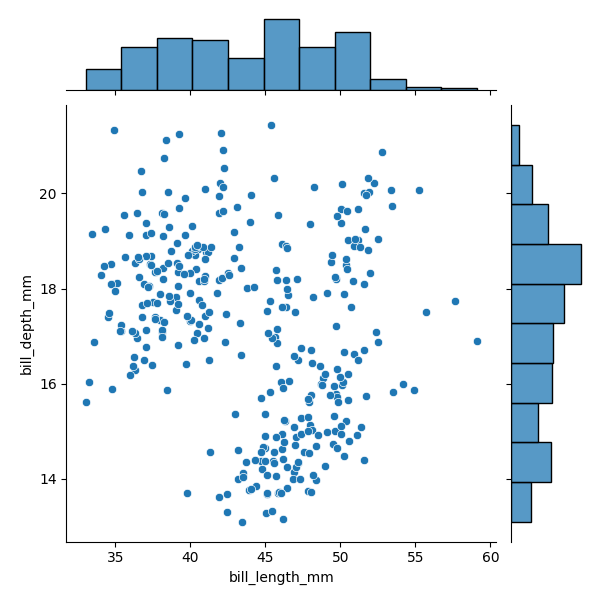
python, seaborn, JointGrid, scatterplot, histplot